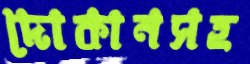
দোকানসহ